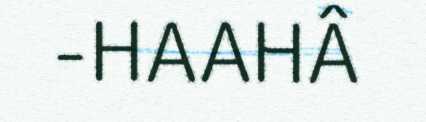
-HAAHÂ